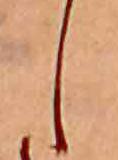
し